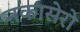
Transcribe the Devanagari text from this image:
नकासेरो